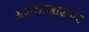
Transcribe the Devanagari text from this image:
असतानासोन